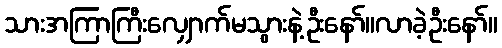
သားအကြာကြီးလျှောက်မသွားနဲ့ဦးနော်။လာခဲ့ဦးနော်။